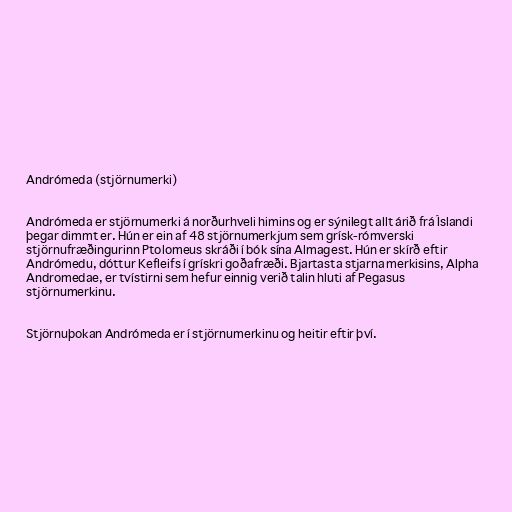
Andrómeda (stjörnumerki)

Andrómeda er stjörnumerki á norðurhveli himins og er sýnilegt allt árið frá Íslandi
þegar dimmt er. Hún er ein af 48 stjörnumerkjum sem grísk-rómverski
stjörnufræðingurinn Ptolomeus skráði í bók sína Almagest. Hún er skírð eftir
Andrómedu, dóttur Kefleifs í grískri goðafræði. Bjartasta stjarna merkisins, Alpha
Andromedae, er tvístirni sem hefur einnig verið talin hluti af Pegasus
stjörnumerkinu.

Stjörnuþokan Andrómeda er í stjörnumerkinu og heitir eftir því.